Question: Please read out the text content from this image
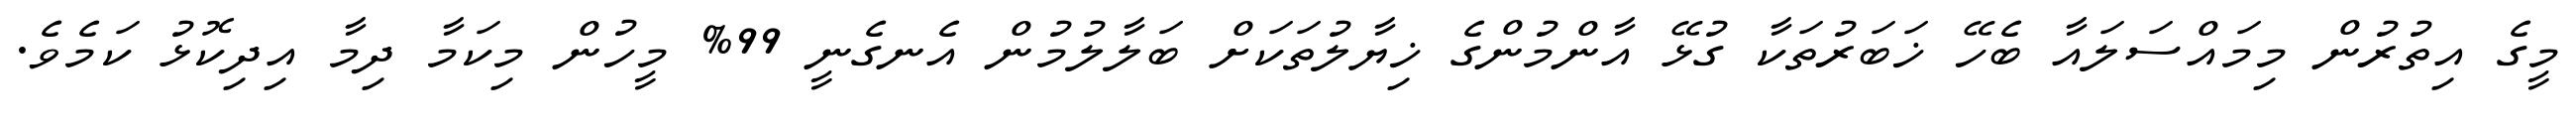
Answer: މީގެ އިތުރުން މިމައްސަލައާ ބެހޭ ޚަބަރުތަކާ ގުޅޭ އާންމުންގެ ޚިޔާލުތަކަށް ބަލާލުމުން އެނގެނީ 99% މީހުން މިކަމާ ދިމާ އިދިކޮޅު ކަމެވެ.